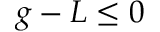
g - L \leq 0